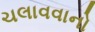
ચલાવવાનો